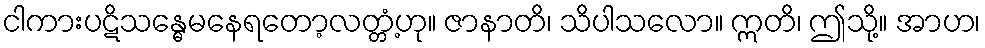
ငါကားပဋိသန္ဓေမနေရတော့လတ္တံ့ဟု။ ဇာနာတိ၊ သိပါသလော။ ဣတိ၊ ဤသို့။ အာဟ၊